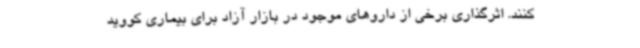
کنند. اثرگذاری برخی از داروهای موجود در بازار آزاد برای بیماری کووید